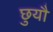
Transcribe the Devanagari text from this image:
छुयौ